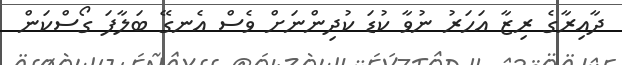
ދާއިރާގެ ރިޒާ އަހަރު ނުވާ ކުޑަ ކުދިންނަށް ވެސް އެނގޭ ބަލާފަ ގޯސްކަން